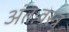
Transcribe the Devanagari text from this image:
अंतःवस्त्र